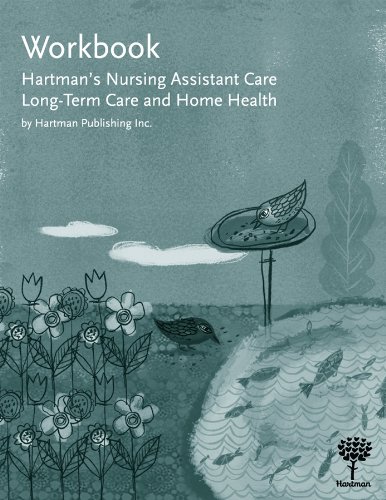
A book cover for Workbook for Hartman's Nursing Assistant Care: Long-Term Care and Home Health; Hartman Publishing Inc.; Medical Books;